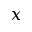
x